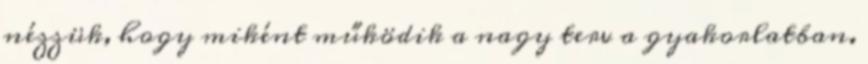
nézzük, hogy miként működik a nagy terv a gyakorlatban.